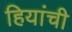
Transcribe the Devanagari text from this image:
हियांची